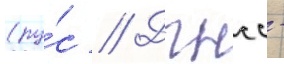
(ру́с // Дгнсс -